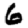
Digit: 6